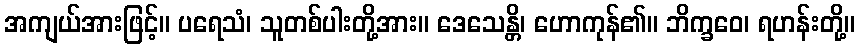
အကျယ်အားဖြင့်။ ပရေသံ၊ သူတစ်ပါးတို့အား။ ဒေသေန္တိ၊ ဟောကုန်၏။ ဘိက္ခဝေ၊ ရဟန်းတို့။